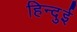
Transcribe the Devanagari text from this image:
हिन्दुई